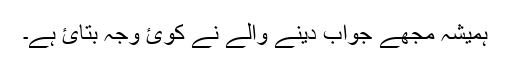
ہمیشہ مجھے جواب دینے والے نے کوئ وجہ بتائ ہے۔